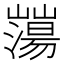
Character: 𡾕